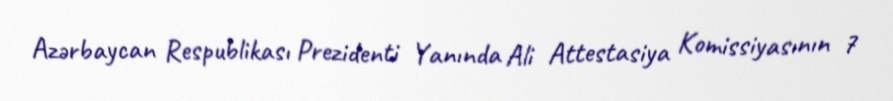
Azərbaycan Respublikası Prezidenti Yanında Ali Attestasiya Komissiyasının 7